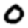
Digit: 0